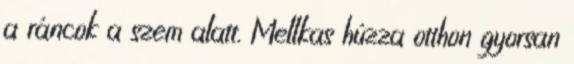
a ráncok a szem alatt. Mellkas húzza otthon gyorsan